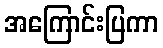
အကြောင်းပြကာ